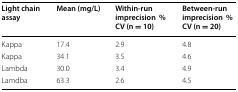
<table><thead><tr><td><b>Light chain assay</b></td><td><b>Mean (mg/L)</b></td><td><b>Within-run imprecision% CV (n = 10)</b></td><td><b>Between-run imprecision% CV (n = 20)</b></td></tr></thead><tbody><tr><td>Kappa</td><td>17.4</td><td>2.9</td><td>4.8</td></tr><tr><td>Kappa</td><td>34.1</td><td>3.5</td><td>4.6</td></tr><tr><td>Lambda</td><td>30.0</td><td>3.4</td><td>4.9</td></tr><tr><td>Lamdba</td><td>63.3</td><td>2.6</td><td>4.5</td></tr></tbody></table>